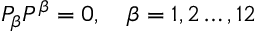
P _ { \beta } P ^ { \beta } = 0 , \quad \beta = 1 , 2 \dots , 1 2